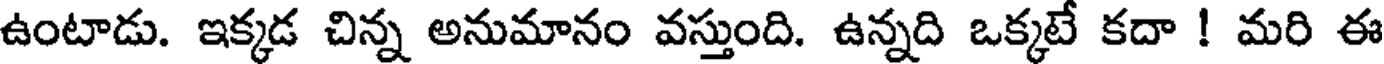
ఉంటాడు. ఇక్కడ చిన్న అనుమానం వస్తుంది. ఉన్నది ఒక్కటే కదా ! మరి ఈ